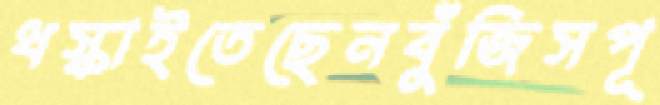
ধস্‌কাইতেছেনবুঁজিসপূ